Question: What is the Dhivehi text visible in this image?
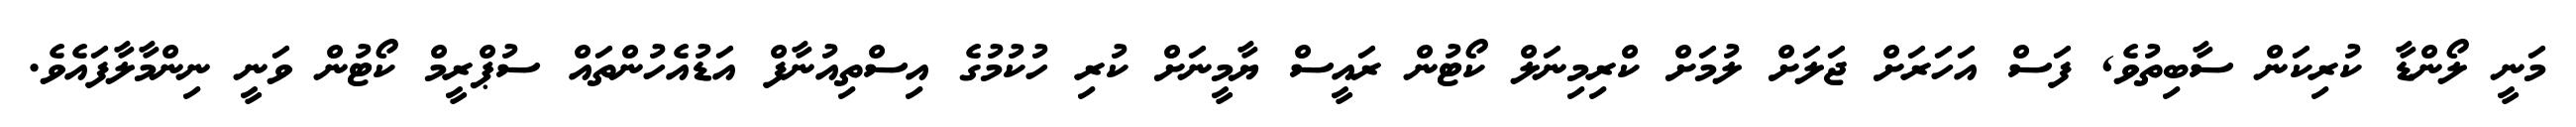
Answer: މަނީ ލޯންޑާ ކުރިކަން ސާބިތުވެ, ފަސް އަހަރަށް ޖަލަށް ލުމަށް ކްރިމިނަލް ކޯޓުން ރައީސް ޔާމީނަށް ކުރި ހުކުމުގެ އިސްތިއުނާފް އަޑުއެހުންތައް ސުޕްރީމް ކޯޓުން ވަނީ ނިންމާލާފައެވެ.